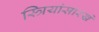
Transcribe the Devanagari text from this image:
स्त्रियांसारखे